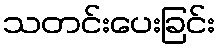
သတင်းပေးခြင်း